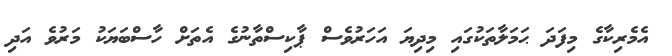
އެމެރިކާގެ މިފަދަ ޙަމަލާތަކުގައި މިދިޔަ އަހަރުވެސް ޕާކިސްތާނުގެ އެތަށް ހާސްބަޔަކު މަރުވެ އަދި